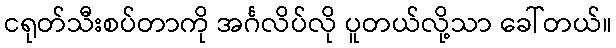
ငရုတ်သီးစပ်တာကို အင်္ဂလိပ်လို ပူတယ်လို့သာ ခေါ်တယ်။